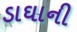
ડાઘાની